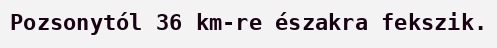
Pozsonytól 36 km-re északra fekszik.